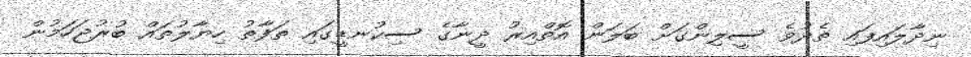
ނިދާލައިފައި ތެދުވެ ސީލިންގަށް ބަލަން އޮތްއިރު ދީނާގެ ސިކުނޑީގައި ތަފާތު ހިޔާލުތައް ބުރުޖަހަމުން